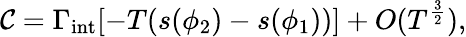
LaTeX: \mathcal{C}=\Gamma_{\mathrm{{int}}}[-T(s(\phi_{2})-s(\phi_{1}))]+O(T^{\frac{{3}}{{2}}}),